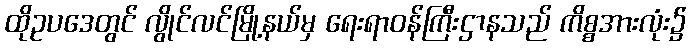
ထိုဥပဒေတွင် လွိုင်လင်မြို့နယ်မှ ရေးရာဝန်ကြီးဌာနသည် ကိစ္စအားလုံး၌